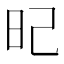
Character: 𣅗